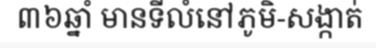
៣៦ឆ្នាំ មានទីលំនៅភូមិ-សង្កាត់